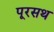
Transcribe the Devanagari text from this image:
पूरसथ